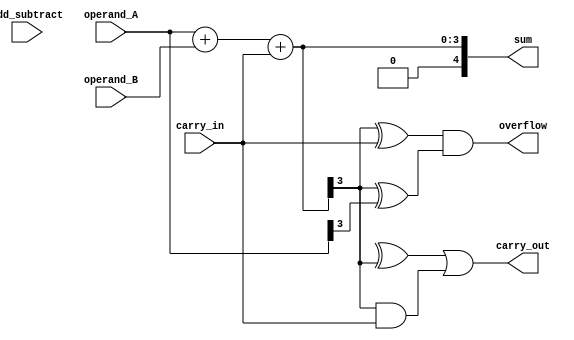
module manchester_carry_chain_adder (
    input [3:0] operand_A,
    input [3:0] operand_B,
    input add_subtract,
    input carry_in,
    output [4:0] sum,
    output overflow,
    output carry_out
);

// Intermediate signals
wire [3:0] partial_sum;
wire [4:0] result;

// Manchester carry chain adder logic
assign partial_sum = operand_A + operand_B + carry_in;
assign sum = partial_sum;

// Overflow detection logic
assign overflow = (partial_sum[3] ^ carry_in) & (partial_sum[3] ^ operand_A[3]);

// Carry-out signal logic
assign carry_out = (partial_sum[4] ^ partial_sum[3]) | (partial_sum[3] & carry_in);

endmodule